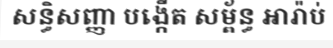
សន្ធិសញ្ញា បង្កើត សម្ព័ន្ធ អារ៉ាប់